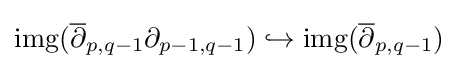
\operatorname {img} ({\overline {\partial }}_{p,q-1}\partial _{p-1,q-1})\hookrightarrow \operatorname {img} ({\overline {\partial }}_{p,q-1})